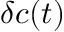
\delta c ( t )